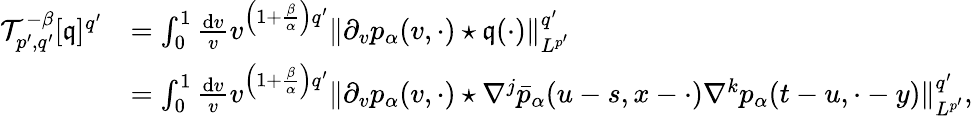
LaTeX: \begin{array}{rl}{\mathcal{T}_{p^{\prime},q^{\prime}}^{-\beta}[\mathfrak{q}]^{q^{\prime}}}&{=\int_{0}^{1}\frac{\mathrm{d}v}{v}v^{\left(1+\frac{\beta}{\alpha}\right)q^{\prime}}\Vert\partial_{v}p_{\alpha}(v,\cdot)\star\mathfrak{q}(\cdot)\Vert_{L^{p^{\prime}}}^{q^{\prime}}}\\ &{=\int_{0}^{1}\frac{\mathrm{d}v}{v}v^{\left(1+\frac{\beta}{\alpha}\right)q^{\prime}}\Vert\partial_{v}p_{\alpha}(v,\cdot)\star\nabla^{j}\bar{p}_{\alpha}(u-s,x-\cdot)\nabla^{k}p_{\alpha}(t-u,\cdot-y)\Vert_{L^{p^{\prime}}}^{q^{\prime}},}\end{array}